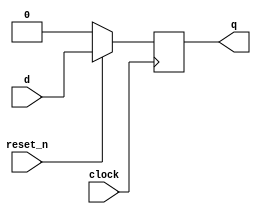
module sync_reset_n (
  input clock,
  input reset_n,
  input d,
  output q
);
  reg q_reg;

  always @ (posedge clock) begin
    if (~reset_n) begin
      q_reg <= 1'b0;
    end else begin
      q_reg <= d;
    end
  end

  assign q = q_reg;

endmodule